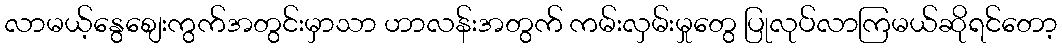
လာမယ့်နွေစျေးကွက်အတွင်းမှာသာ ဟာလန်းအတွက် ကမ်းလှမ်းမှုတွေ ပြုလုပ်လာကြမယ်ဆိုရင်တော့